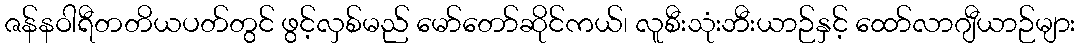
ဇန်နဝါရီတတိယပတ်တွင် ဖွင့်လှစ်မည် မော်တော်ဆိုင်ကယ်၊ လူစီးသုံးဘီးယာဉ်နှင့် ထော်လာဂျီယာဉ်များ